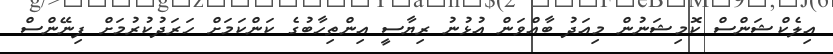
އިލެކްޝަންސް ކޮމިޝަނުން މިއަދު ބާއްވަން އުޅުނު ރިޔާސީ އިންތިހާބުގެ ކަންކަމަށް ހަރަދުކުރުމަށް ފިނޭންސް